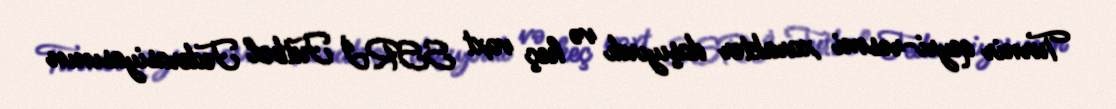
Turnir qeyri-rəsmi xarakter daşıyırdı və heç vaxt SSRİ Futbol Federasiyasının